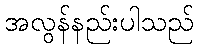
အလွန်နည်းပါသည်